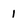
Character: 1